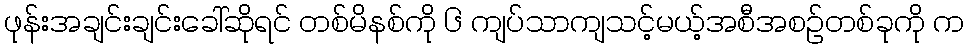
ဖုန်းအချင်းချင်းခေါ်ဆိုရင် တစ်မိနစ်ကို ၆ ကျပ်သာကျသင့်မယ့်အစီအစဉ်တစ်ခုကို က